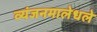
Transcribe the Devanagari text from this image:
व्यंजनमालेधले